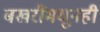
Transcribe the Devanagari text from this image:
बखरींमधूनही